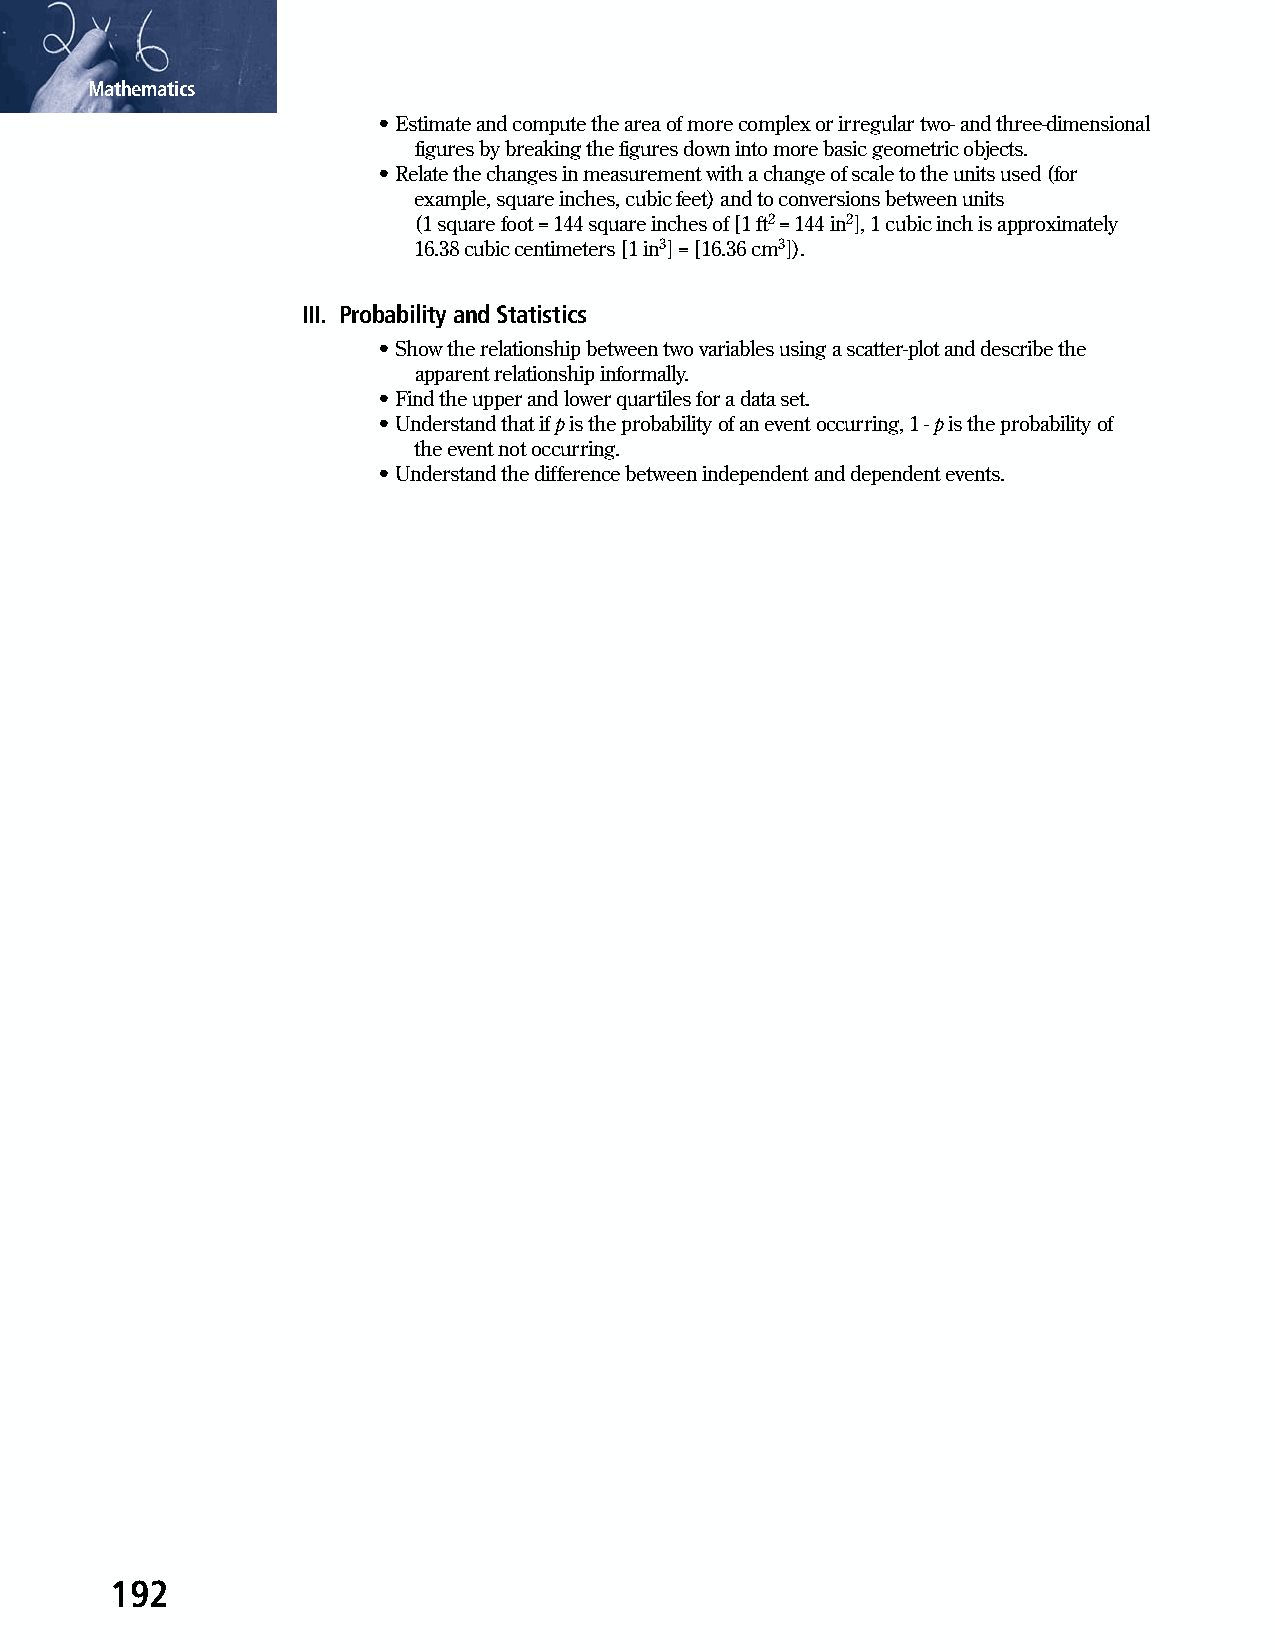
Mathematics
 • Estimate and compute the area of more complex or irregular two- and three-dimensional
 figures by breaking the figures down into more basic geometric objects.
 • Relate the changes in measurement with a change of scale to the units used (for
 example, square inches, cubic feet) and to conversions between units
 (1 square foot = 144 square inches of [1 ft2 = 144 in2], 1 cubic inch is approximately
 16.38 cubic centimeters [1 in3] = [16.36 cm3]).
 III. Probability and Statistics
 • Show the relationship between two variables using a scatter-plot and describe the
 apparent relationship informally.
 • Find the upper and lower quartiles for a data set.
 • Understand that if p is the probability of an event occurring, 1 - p is the probability of
 the event not occurring.
 • Understand the difference between independent and dependent events.
 192